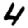
Digit: 4